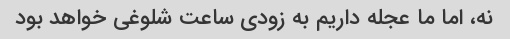
نه، اما ما عجله داریم به زودی ساعت شلوغی خواهد بود